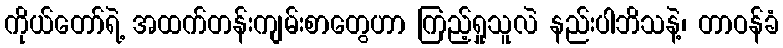
ကိုယ်တော်ရဲ့ အထက်တန်းကျမ်းစာတွေဟာ ကြည့်ရှုသူလဲ နည်းပါဘိသနဲ့၊ တာဝန်ခံ